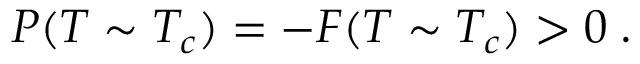
P ( T \sim T _ { c } ) = - { \cal F } ( T \sim T _ { c } ) > 0 \; .